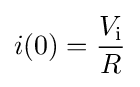
i(0)={V_{\text{i}} \over R}